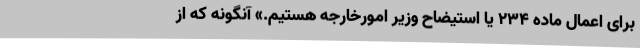
برای اعمال ماده 234 یا استیضاح وزیر امورخارجه هستیم.» آنگونه که از